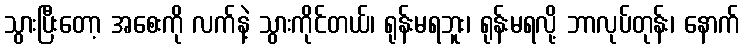
သွားပြီးတော့ အစေးကို လက်နဲ့ သွားကိုင်တယ်၊ ရုန်းမရဘူး၊ ရုန်းမရလို့ ဘာလုပ်တုန်း၊ နောက်